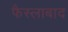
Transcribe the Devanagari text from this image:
फैस्लाबाद